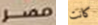
مصر كانت